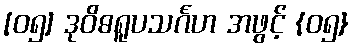
[၀၅] ဒုဝိဓရူပသင်္ဂဟ အဖွင့် {၀၅}